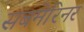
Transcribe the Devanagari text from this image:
सबमेरिनर